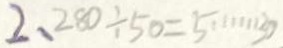
2 、 2 8 0 \div 5 0 = 5 \cdots 3 0